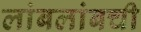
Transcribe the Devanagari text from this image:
लांबलांबची